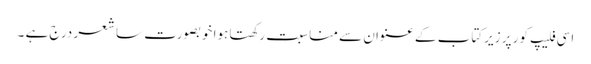
اسی فلیپ کور پر زیرکتاب کے عنوان سے مناسبت رکھتا ہوا خوبصورت سا شعر درج ہے ۔